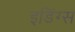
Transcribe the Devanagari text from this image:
इडिंग्स